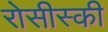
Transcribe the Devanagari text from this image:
रोसीस्की